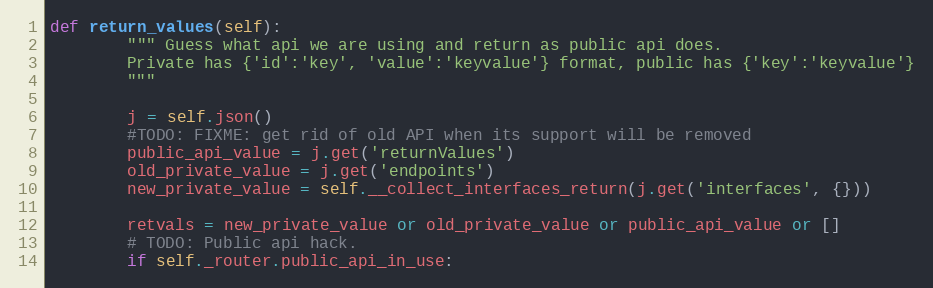
Language: Python
def return_values(self):
        """ Guess what api we are using and return as public api does.
        Private has {'id':'key', 'value':'keyvalue'} format, public has {'key':'keyvalue'}
        """

        j = self.json()
        #TODO: FIXME: get rid of old API when its support will be removed
        public_api_value = j.get('returnValues')
        old_private_value = j.get('endpoints')
        new_private_value = self.__collect_interfaces_return(j.get('interfaces', {}))

        retvals = new_private_value or old_private_value or public_api_value or []
        # TODO: Public api hack.
        if self._router.public_api_in_use: